画像に写った文字を読んでください
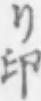
「り印」と書いてあります